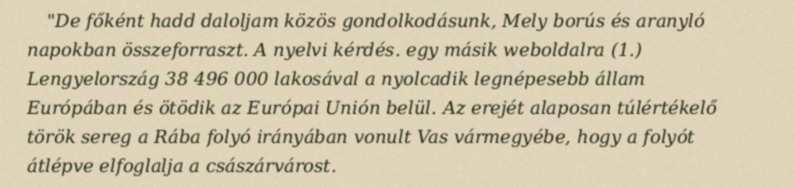
"De főként hadd daloljam közös gondolkodásunk, Mely borús és aranyló napokban összeforraszt. A nyelvi kérdés. egy másik weboldalra (1.) Lengyelország 38 496 000 lakosával a nyolcadik legnépesebb állam Európában és ötödik az Európai Unión belül. Az erejét alaposan túlértékelő török sereg a Rába folyó irányában vonult Vas vármegyébe, hogy a folyót átlépve elfoglalja a császárvárost.